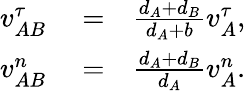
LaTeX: \begin{array}{rlr}{v_{AB}^{\tau}}&{{}=}&{\frac{d_{A}+d_{B}}{d_{A}+b}v_{A}^{\tau},}\\ {v_{AB}^{n}}&{{}=}&{\frac{d_{A}+d_{B}}{d_{A}}v_{A}^{n}.}\end{array}